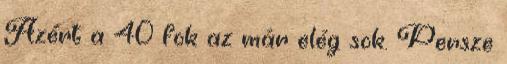
Azért a 40 fok az már elég sok. Persze